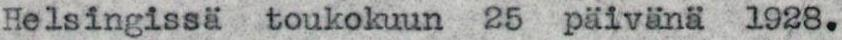
Helsingissä toukokuun 25 päivänä 1928.